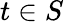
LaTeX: t\in S